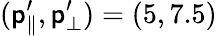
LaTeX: (\mathsf{p}_{\parallel}^{\prime},\mathsf{p}_{\bot}^{\prime})=(5,7.5)